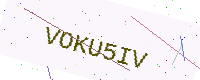
Text: VOKU5IV